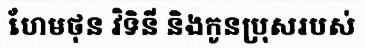
ហែមថុន វិទិនី និងកូនប្រុសរបស់